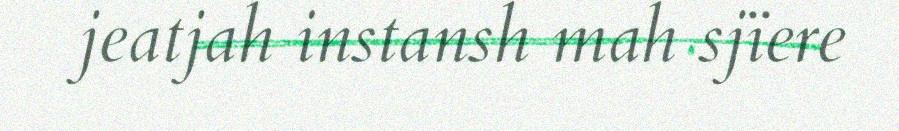
jeatjah instansh mah sjïere